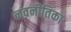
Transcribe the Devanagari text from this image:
नवनीतिका